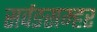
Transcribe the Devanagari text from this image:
सर्वङसम्हर